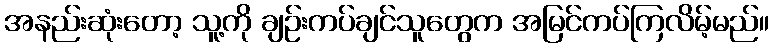
အနည်းဆုံးတော့ သူ့ကို ချဉ်းကပ်ချင်သူတွေက အမြင်ကပ်ကြလိမ့်မည်။